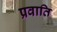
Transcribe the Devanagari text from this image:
प्रवाति